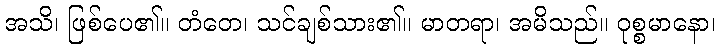
အသိ၊ ဖြစ်ပေ၏။ တံတေ၊ သင်ချစ်သား၏။ မာတရာ၊ အမိသည်။ ဝုစ္စမာနော၊